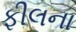
ફીલના